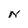
Character: N